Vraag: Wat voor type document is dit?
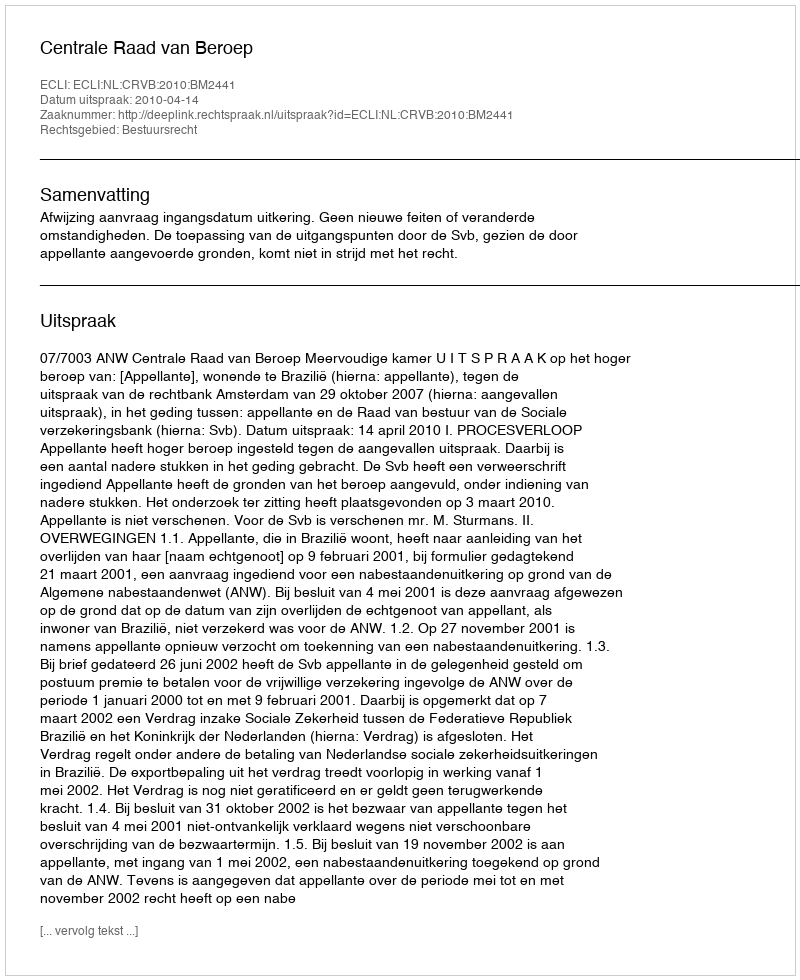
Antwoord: Uitspraak